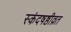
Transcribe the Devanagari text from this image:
स्कंदषष्ठीव्रत